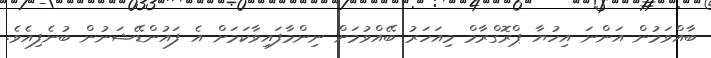
ބާއްވަމުން އަންނަ އިހުޔާ ޕްރޮގްރާމް މިއަހަރު ބޭއްވުމަށް ނިންމާފައިވާކަމަށް އެ ފައުންޑޭޝަނުން ބުނެފިއެވެ.